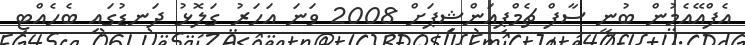
އެފްއޭއެމުން ބުނީ ސާފް ޗެމްޕިއަންޝިޕަށް 2008 ވަނަ އަހަރު ގަލޮޅު ދަނޑުގައި ބެހެއްޓި